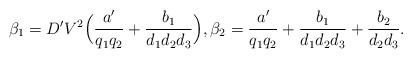
LaTeX: \begin{align*}\beta_1=D' V^2\Bigl(\frac{a'}{q_1q_2}+\frac{b_1}{d_1d_2d_3}\Bigr),\beta_2=\frac{a'}{q_1q_2}+\frac{b_1}{d_1d_2d_3}+\frac{b_2}{d_2d_3}.\end{align*}